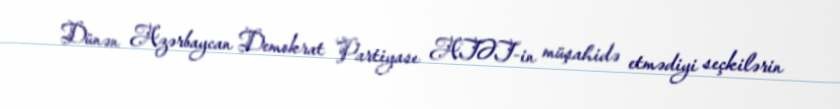
Dünən Azərbaycan Demokrat Partiyası ATƏT-in müşahidə etmədiyi seçkilərin